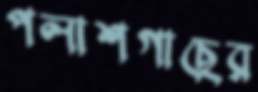
পলাশগাছের